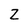
Character: Z